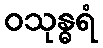
ဝသုန္ဓရံ